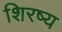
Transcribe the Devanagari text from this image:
शिरष्य